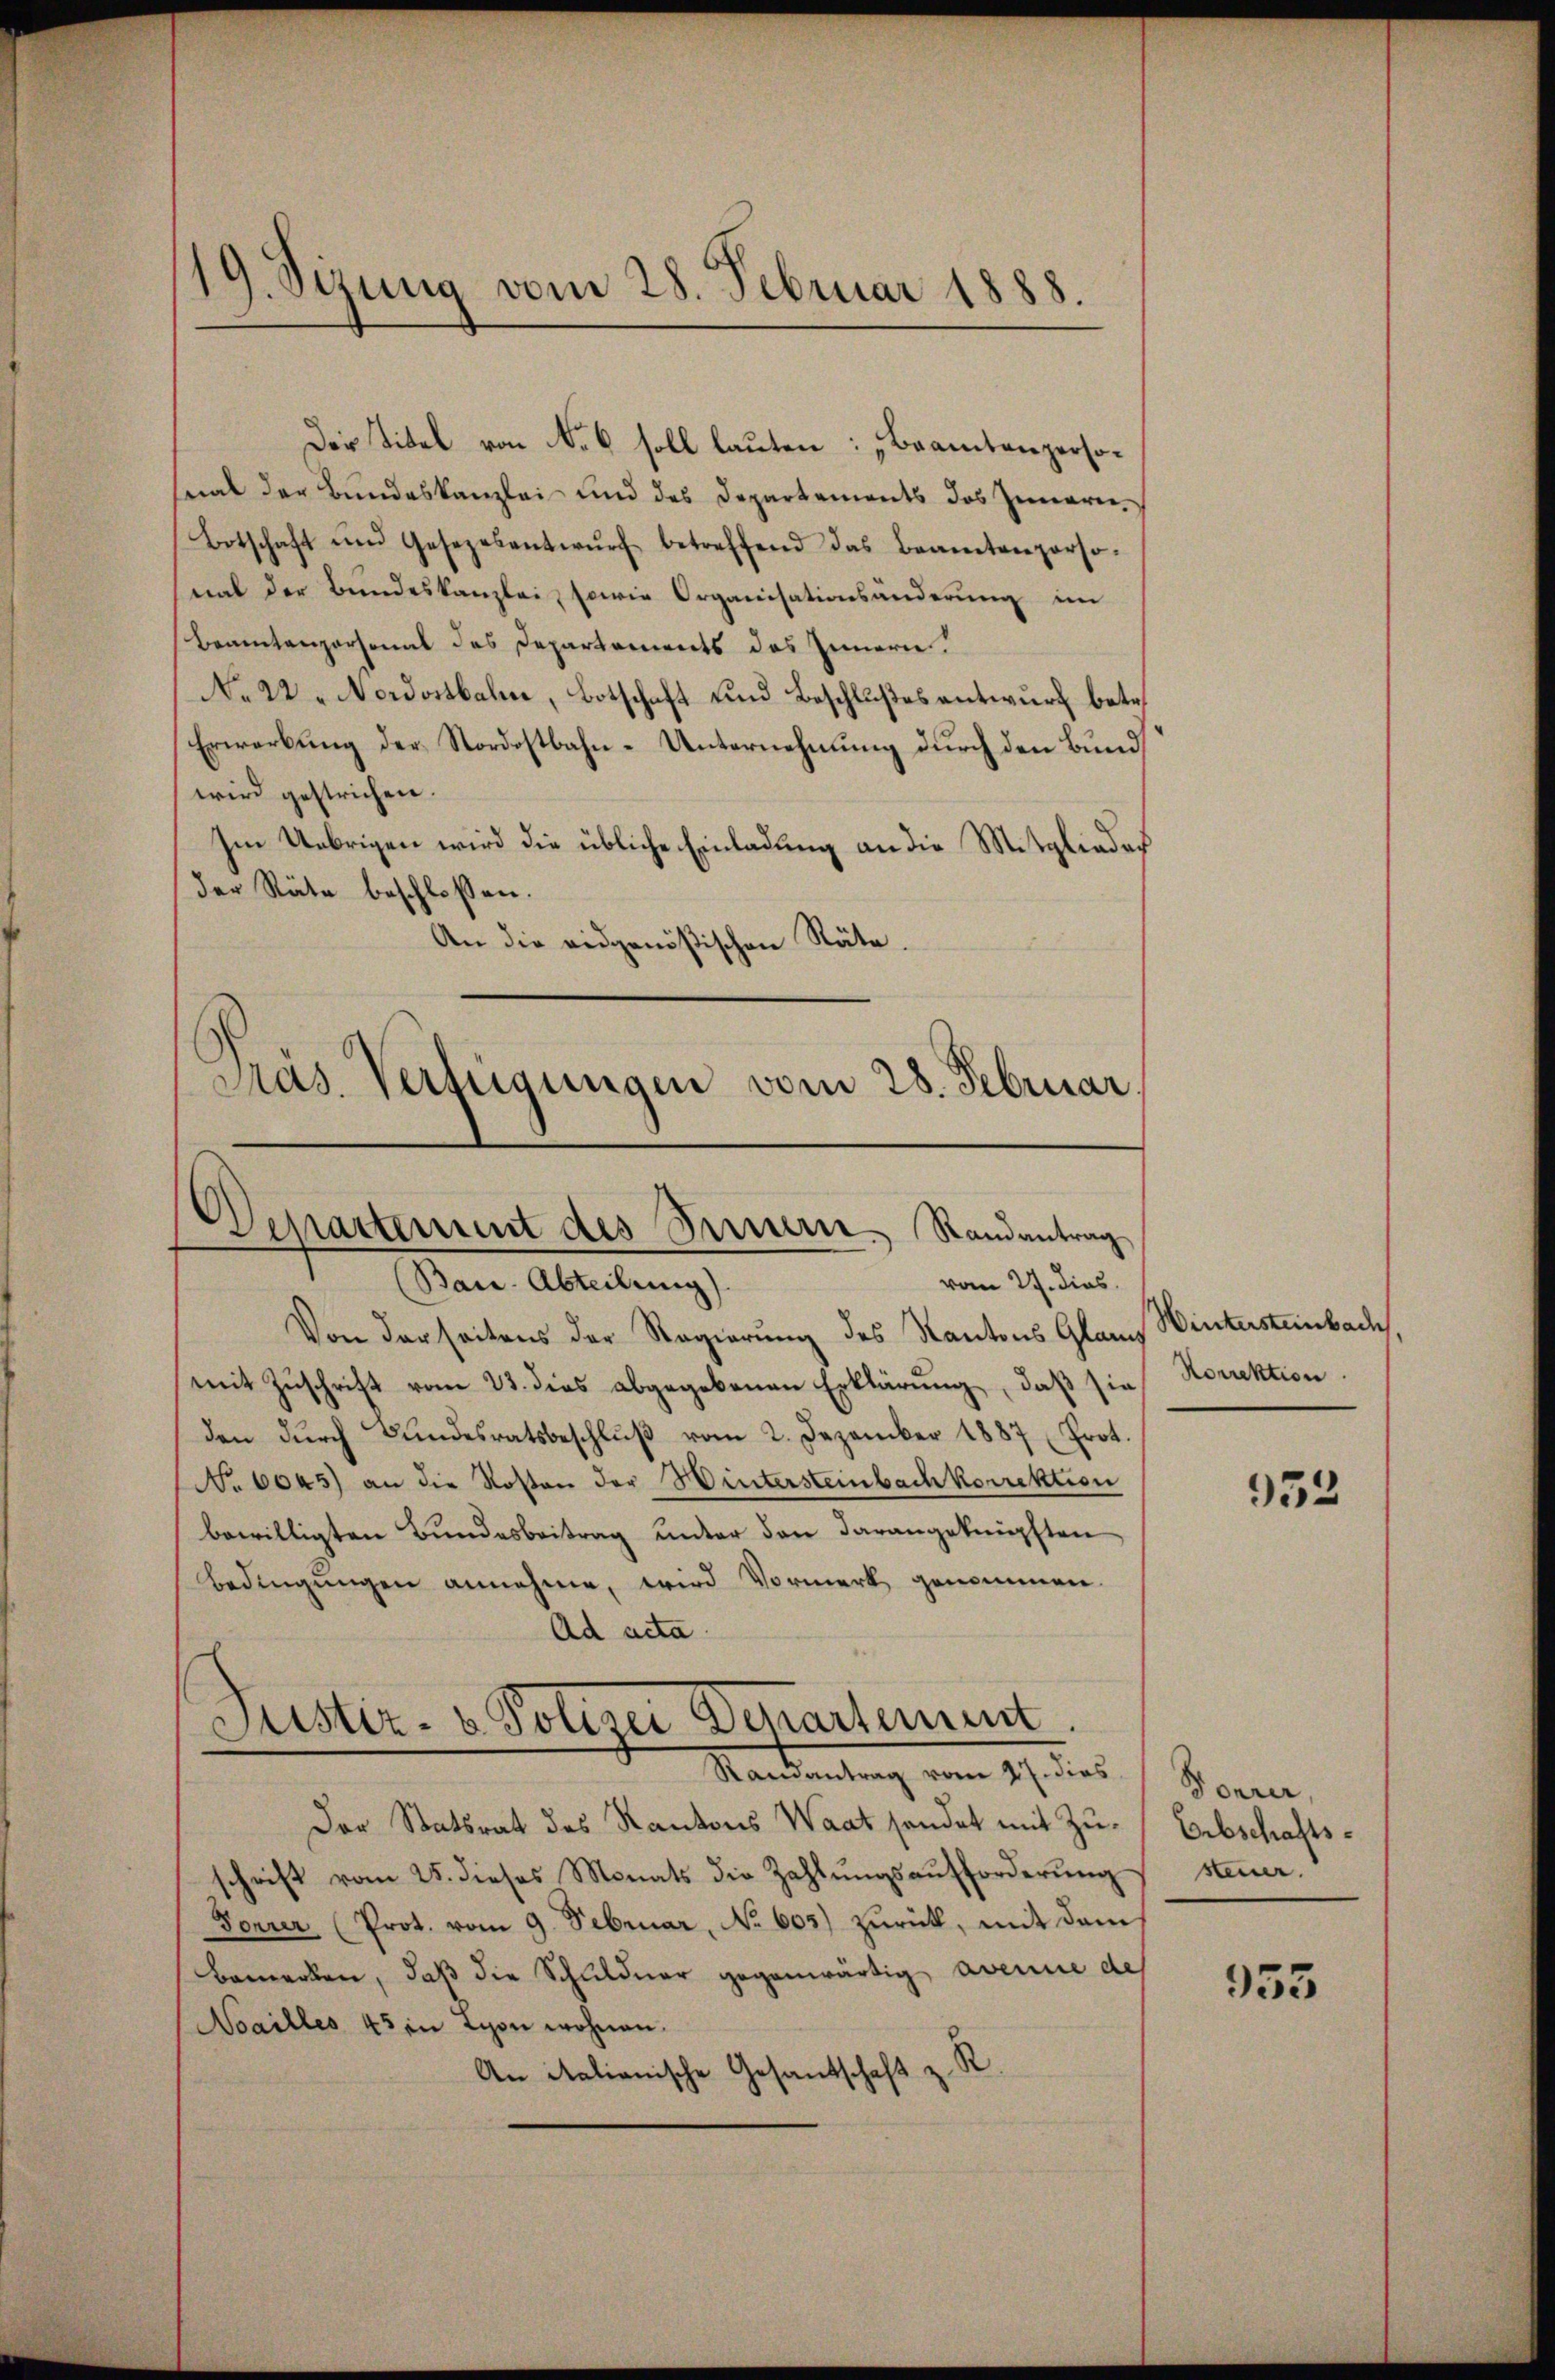
19. Sizung vom 28. Februar 1888.

Der Titel von No 6 soll lauten: „Beamtenpersostalt der Bundeskanzlei und des Departements des Innern,
Botschaft ŭm Gesezesentwŭrf betreffend das Beamtenperso-
nal der Bundeskanzlei, sowie Organisationsänderung im
Beamtengersonal des Departements des Innern.
No 22. Nordostbahne, Botschaft und Beschlußes antwurf betr.
Erwerbung der Nordostbahn-Unternehmung durch den Bund
wird gestrichen.
Im Uebrigen wird die übliche Einladung an die Mitglieder
der Räte beschlossen:
An die eidgenößischen Räte.
Präs. Verfügungen vom 28. Februar.

Departement des Innern. Randantrag
(Bace-Abteilung).
vom 27. dies

Von derseitens der Regierung des Kantons Glan
mit Zuschrift vom 23. dies abgegebenen Erklärung, daß sie
den dŭrch Bŭndesratsbeschlŭβ vom 2. Dezember 1887 (Prot.
No 6045) an die Kosten der Wintersteinbachkorrektion
bewilligten Bundesbeitrag unter den darangeknüpften
bedingungen annehme, wird Vormerk genommen.
Ad acta
schrift vom 25. dieses Monats die Zahlŭngsaufforderung
Forrer (Prot. vom 9. Februar, No 605) zurück, mit dem
bemerken, daβ die Schuldner gegenwärtig, avenue des
Noailles 45 in Lyon wohnen.
An Stationische Gesantschaft z. R.

Justiz- & Polizei Departement.
Mandantung vom 19. dies
Der Statsrat des Kantons Waat sendet mit Zu¬

Wintersteinbach
Korrektion

952

Forrer,
Erbschafts-
stein.

953